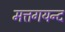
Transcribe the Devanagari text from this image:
मत्तगयन्द